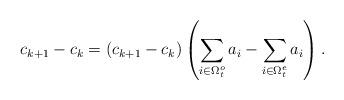
LaTeX: \begin{align*} c_{k+1}-c_{k}=(c_{k+1}-c_{k})\left( \sum_{i\in \Omega_t^o}a_i-\sum_{i\in \Omega_t^e}a_i \right).\end{align*}